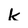
Character: k